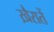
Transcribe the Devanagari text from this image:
ख़ैरातें